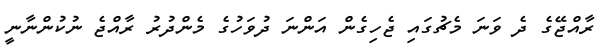
ރާއްޖޭގެ ދެ ވަނަ މެޗުގައި ޖެހިގެން އަންނަ ދުވަހުގެ މެންދުރު ރާއްޖެ ނުކުންނާނީ